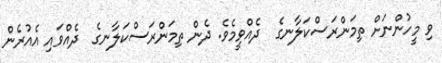
ވި މީހުންނަށް ތިމަންރަސްކަލާނގެ  ދެއްވީމެވެ. ދެން ތިމަންރަސްކަލާނގެ  ދެއްވައި އެއުރެން